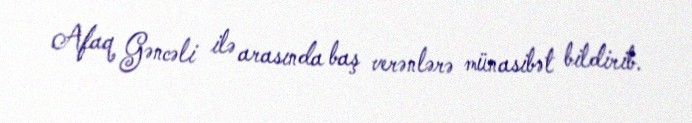
Afaq Gəncəli ilə arasında baş verənlərə münasibət bildirib.